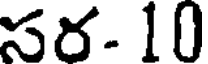
సర- 10